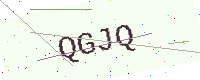
Text: QGJQ